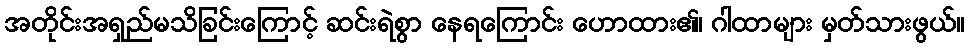
အတိုင်းအရှည်မသိခြင်းကြောင့် ဆင်းရဲစွာ နေရကြောင်း ဟောထား၏၊ ဂါထာများ မှတ်သားဖွယ်။